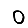
Digit: 0